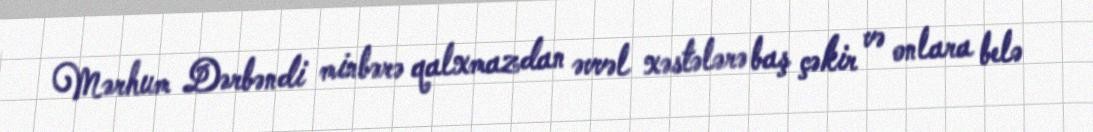
Mərhum Dərbəndi minbərə qalxmazdan əvvəl xəstələrə baş çəkir və onlara belə